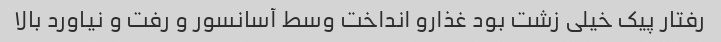
رفتار پیک خیلی زشت بود غذارو انداخت وسط آسانسور و رفت و نیاورد بالا